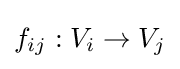
f_{ij}:V_{i}\rightarrow V_{j}